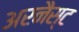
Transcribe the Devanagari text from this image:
अरनैस्ट